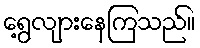
ရွေ့လျားနေကြသည်။